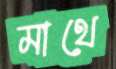
মাথে